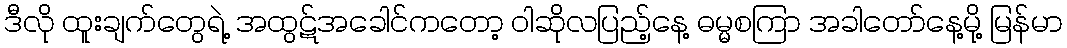
ဒီလို ထူးချက်တွေရဲ့ အထွဋ်အခေါင်ကတော့ ဝါဆိုလပြည့်နေ့ ဓမ္မစကြာ အခါတော်နေ့မို့ မြန်မာ